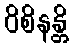
ဝိစိနန္တိ